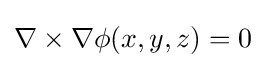
\nabla \times \nabla \phi (x,y,z)=0